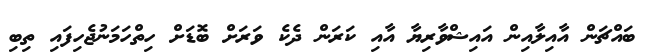
ބައްޗަން އާއިލާއިން އައިޝްވާރިޔާ އާއި ކަރަން ދެކެ ވަރަށް ބޮޑަށް ހިތްހަމަނުޖެހިފައި ތިބި